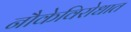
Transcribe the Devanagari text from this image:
नौकेविरोधात